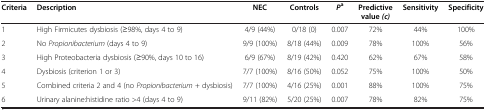
<table><thead><tr><td><b>Criteria</b></td><td><b>Description</b></td><td><b>NEC</b></td><td><b>Controls</b></td><td><b><i>P</i><sup>a</sup></b></td><td><b>Predictive value <i>(c)</i></b></td><td><b>Sensitivity</b></td><td><b>Specificity</b></td></tr></thead><tbody><tr><td>1</td><td>High Firmicutes dysbiosis (≥98%, days 4 to 9)</td><td>4/9 (44%)</td><td>0/18 (0)</td><td>0.007</td><td>72%</td><td>44%</td><td>100%</td></tr><tr><td>2</td><td>No <i>Propionibacterium</i> (days 4 to 9)</td><td>9/9 (100%)</td><td>8/18 (44%)</td><td>0.009</td><td>78%</td><td>100%</td><td>56%</td></tr><tr><td>3</td><td>High Proteobacteria dysbiosis (≥90%, days 10 to 16)</td><td>6/9 (67%)</td><td>8/19 (42%)</td><td>0.420</td><td>62%</td><td>67%</td><td>58%</td></tr><tr><td>4</td><td>Dysbiosis (criterion 1 or 3)</td><td>7/7 (100%)</td><td>8/16 (50%)</td><td>0.052</td><td>75%</td><td>100%</td><td>50%</td></tr><tr><td>5</td><td>Combined criteria 2 and 4 (no <i>Propionibacterium</i> + dysbiosis)</td><td>7/7 (100%)</td><td>4/16 (25%)</td><td>0.001</td><td>88%</td><td>100%</td><td>75%</td></tr><tr><td>6</td><td>Urinary alanine:histidine ratio &gt;4 (days 4 to 9)</td><td>9/11 (82%)</td><td>5/20 (25%)</td><td>0.007</td><td>78%</td><td>82%</td><td>75%</td></tr></tbody></table>